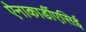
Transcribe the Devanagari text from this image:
ऐनाकार्डीएसिई